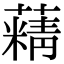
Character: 𦾿